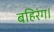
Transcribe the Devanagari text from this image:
बहिरंग।